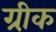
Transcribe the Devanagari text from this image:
ग्री़क